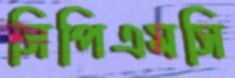
সিপিএমসি